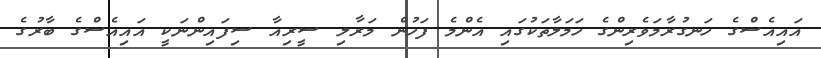
އައިއެސްގެ ހަނގުރާމަވެރިންގެ ހަމަލާތަކުގައި އެންމެ ފަހުން މަރާލި ސީރިއާ ސިފައިންނަކީ އައިއެސްގެ ބާރުގެ